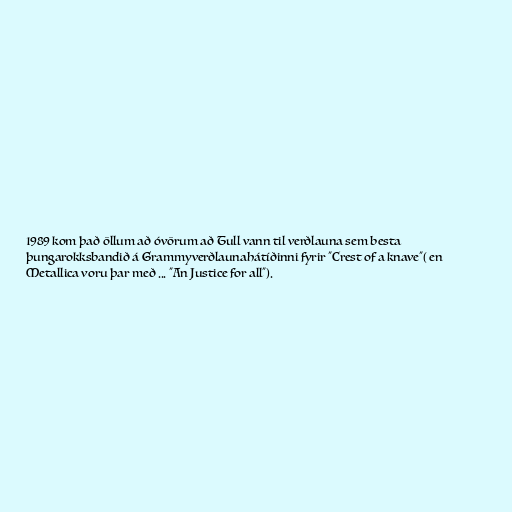
1989 kom það öllum að óvörum að Tull vann til verðlauna sem besta
þungarokksbandið á Grammyverðlaunahátíðinni fyrir "Crest of a knave"( en
Metallica voru þar með ... "An Justice for all").